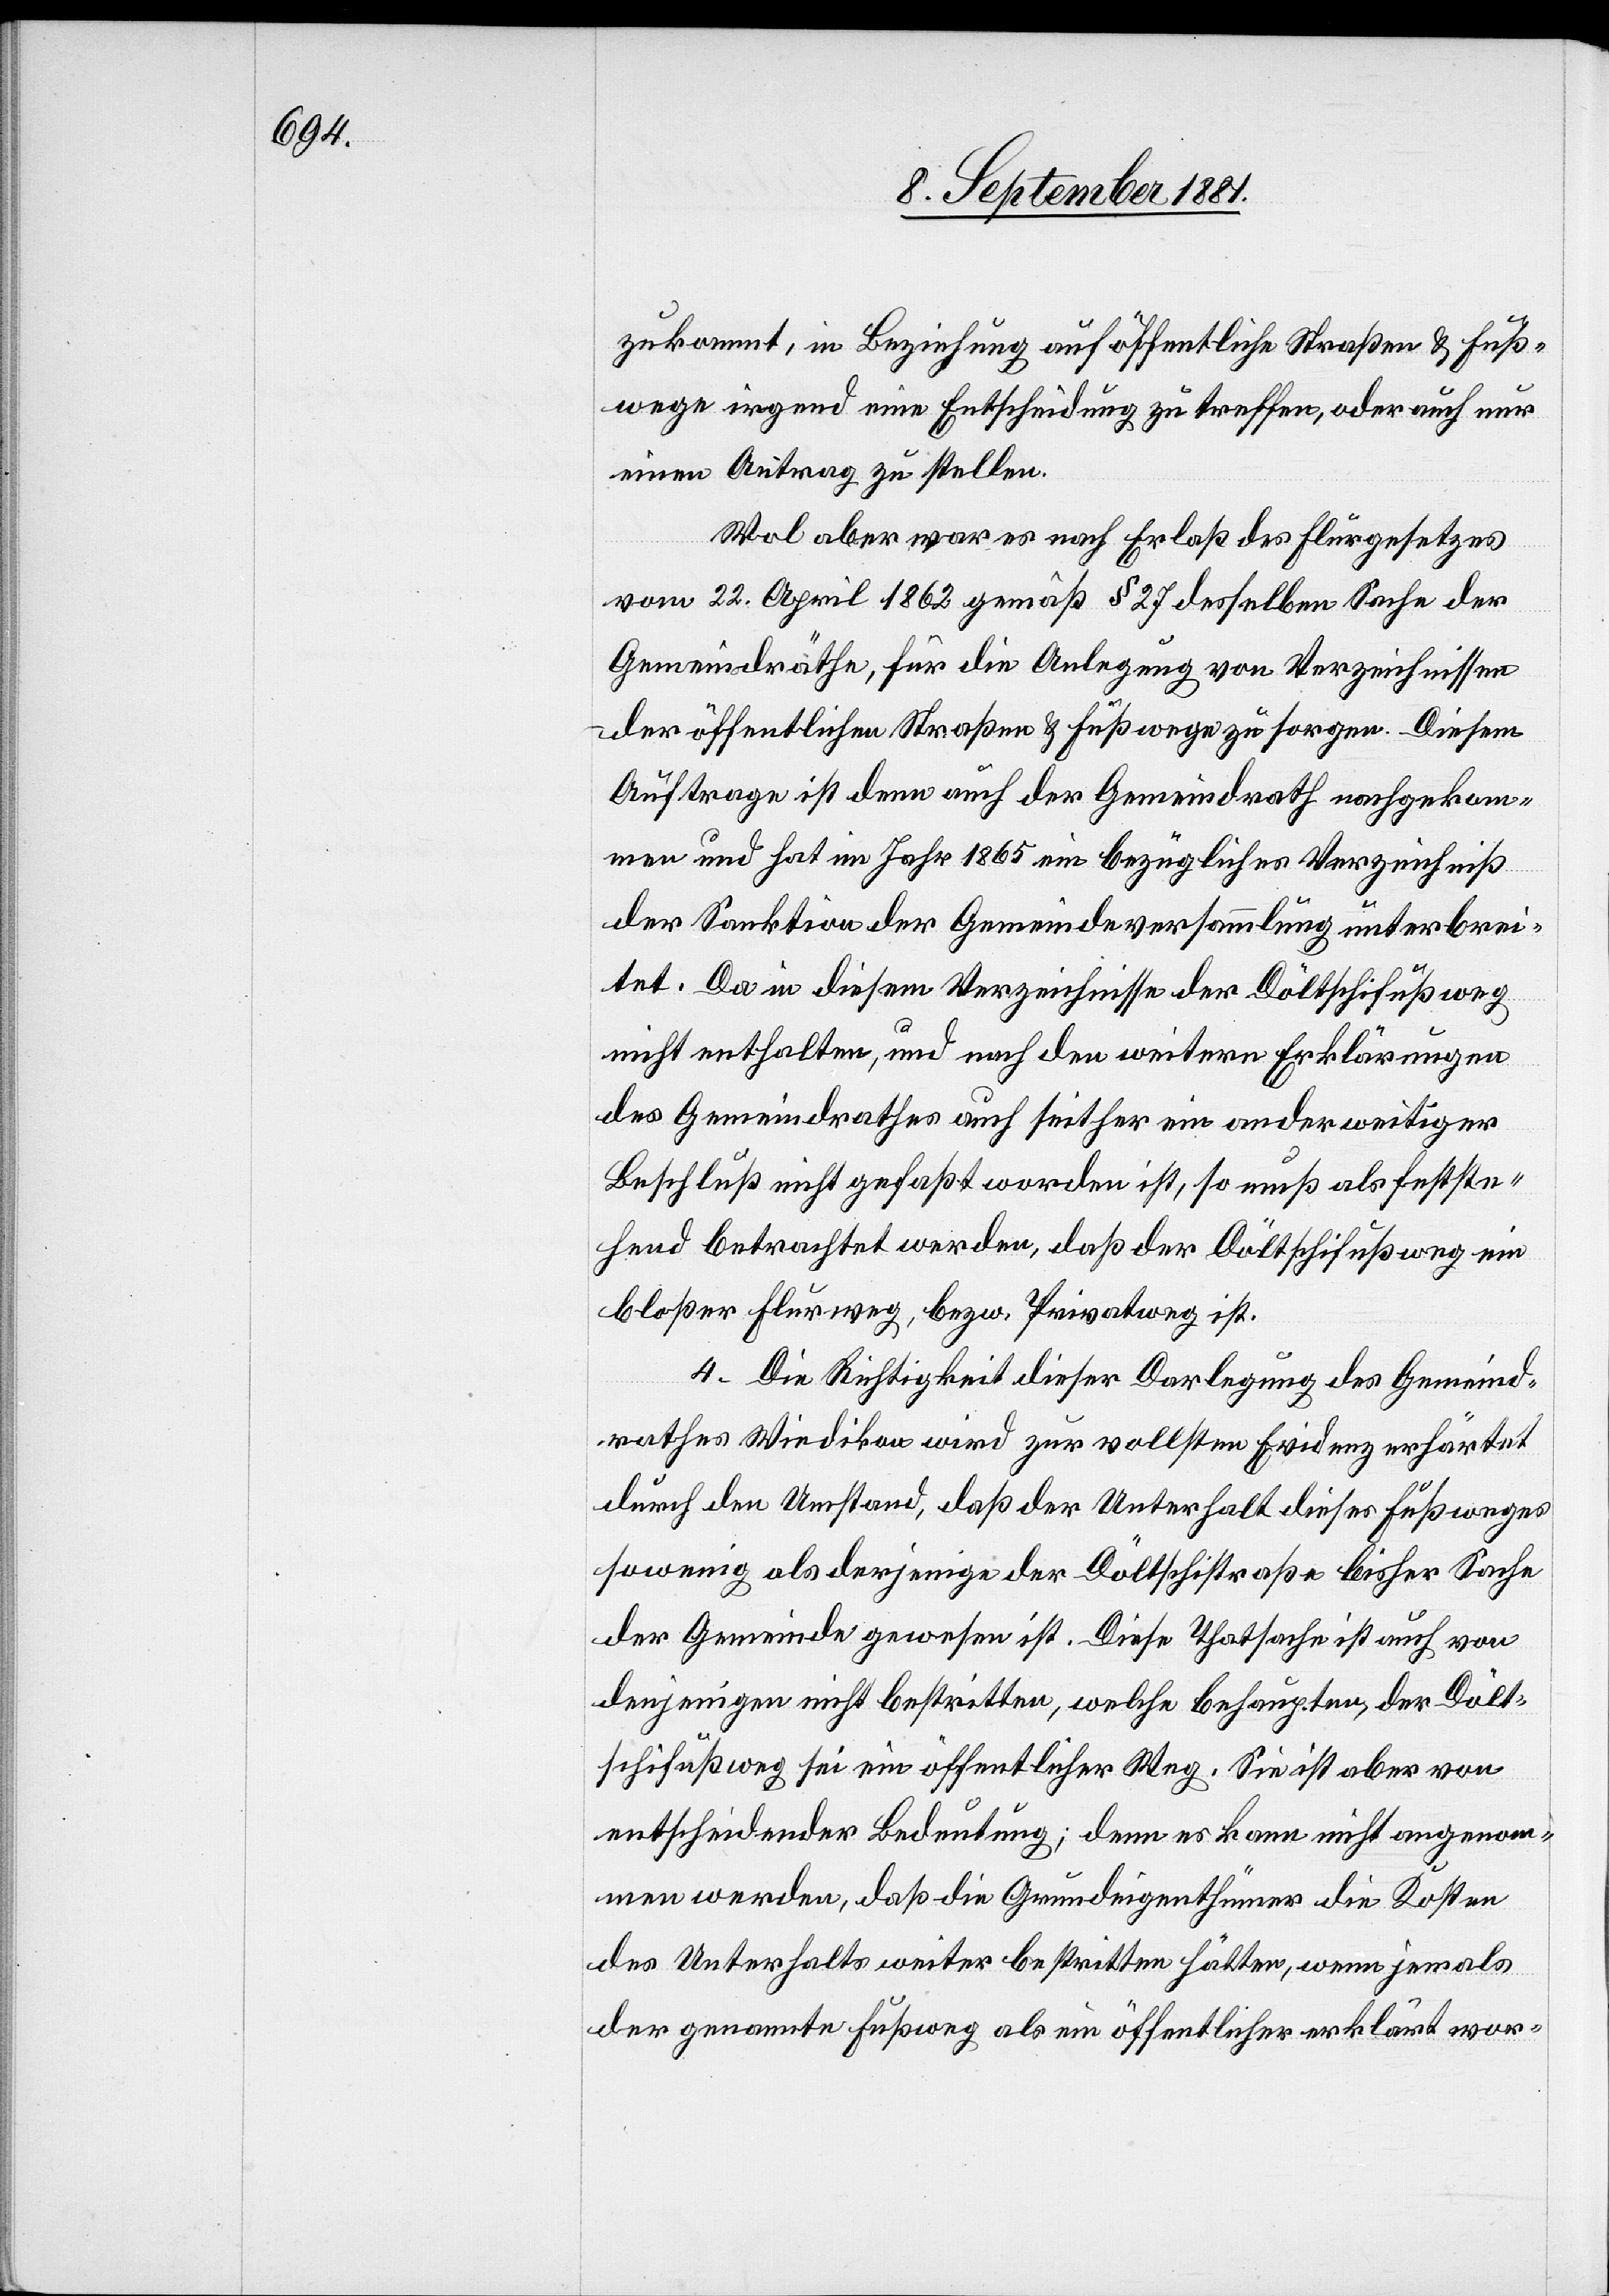
zukommt, in Beziehung auf öffentliche Straßen & Fuß¬
wege irgend eine Entscheidung zu treffen, oder auch nur
einen Antrag zu stellen.
Wol aber war es nach Erlaß des Flurgesetzes
vom 22. April 1862 gemäß § 27 desselben Sache der
Gemeindräthe, für die Anlegung von Verzeichnissen
der öffentlichen Straßen & Fußwege zu sorgen. Diesem
Auftrage ist denn auch der Gemeindrath nachgekom¬
men und hat im Jahr 1865 ein bezügliches Verzeichniß
der Sanktion der Gemeindeversammlung unterbrei¬
tet. Da in diesem Verzeichnisse der Döltschifußweg
nicht enthalten, und nach den weitern Erklärungen
des Gemeindrathes auch seither ein anderweitiger
Beschluß nicht gefaßt worden ist, so muß als festste¬
hend betrachtet werden, daß der Döltschifußweg ein
bloßer Flurweg, bezw. Privatweg ist.
4. Die Richtigkeit dieser Darlegung des Gemeind¬
rathes Wiedikon wird zur vollsten Evidenz erhärtet
durch den Umstand, daß der Unterhalt dieses Fußweges
sowenig als derjenige der Döltschistraße bisher Sache
der Gemeinde gewesen ist. Diese Thatsache ist auch von
denjenigen nicht bestritten, welche behaupten, der Dölt¬
schifußweg sei ein öffentlicher Weg. Sie ist aber von
entscheidender Bedeutung; denn es kann nicht angenom¬
men werden, daß die Grundeigenthümer die Kosten
des Unterhalts weiter bestritten hätten, wenn jemals
der genannte Fußweg als ein öffentlicher erklärt wor-